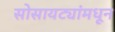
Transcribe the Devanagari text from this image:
सोसायट्यांमधून